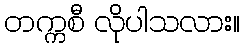
တက္ကစီ လိုပါသလား။